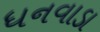
ધનવાડા